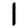
Digit: 1